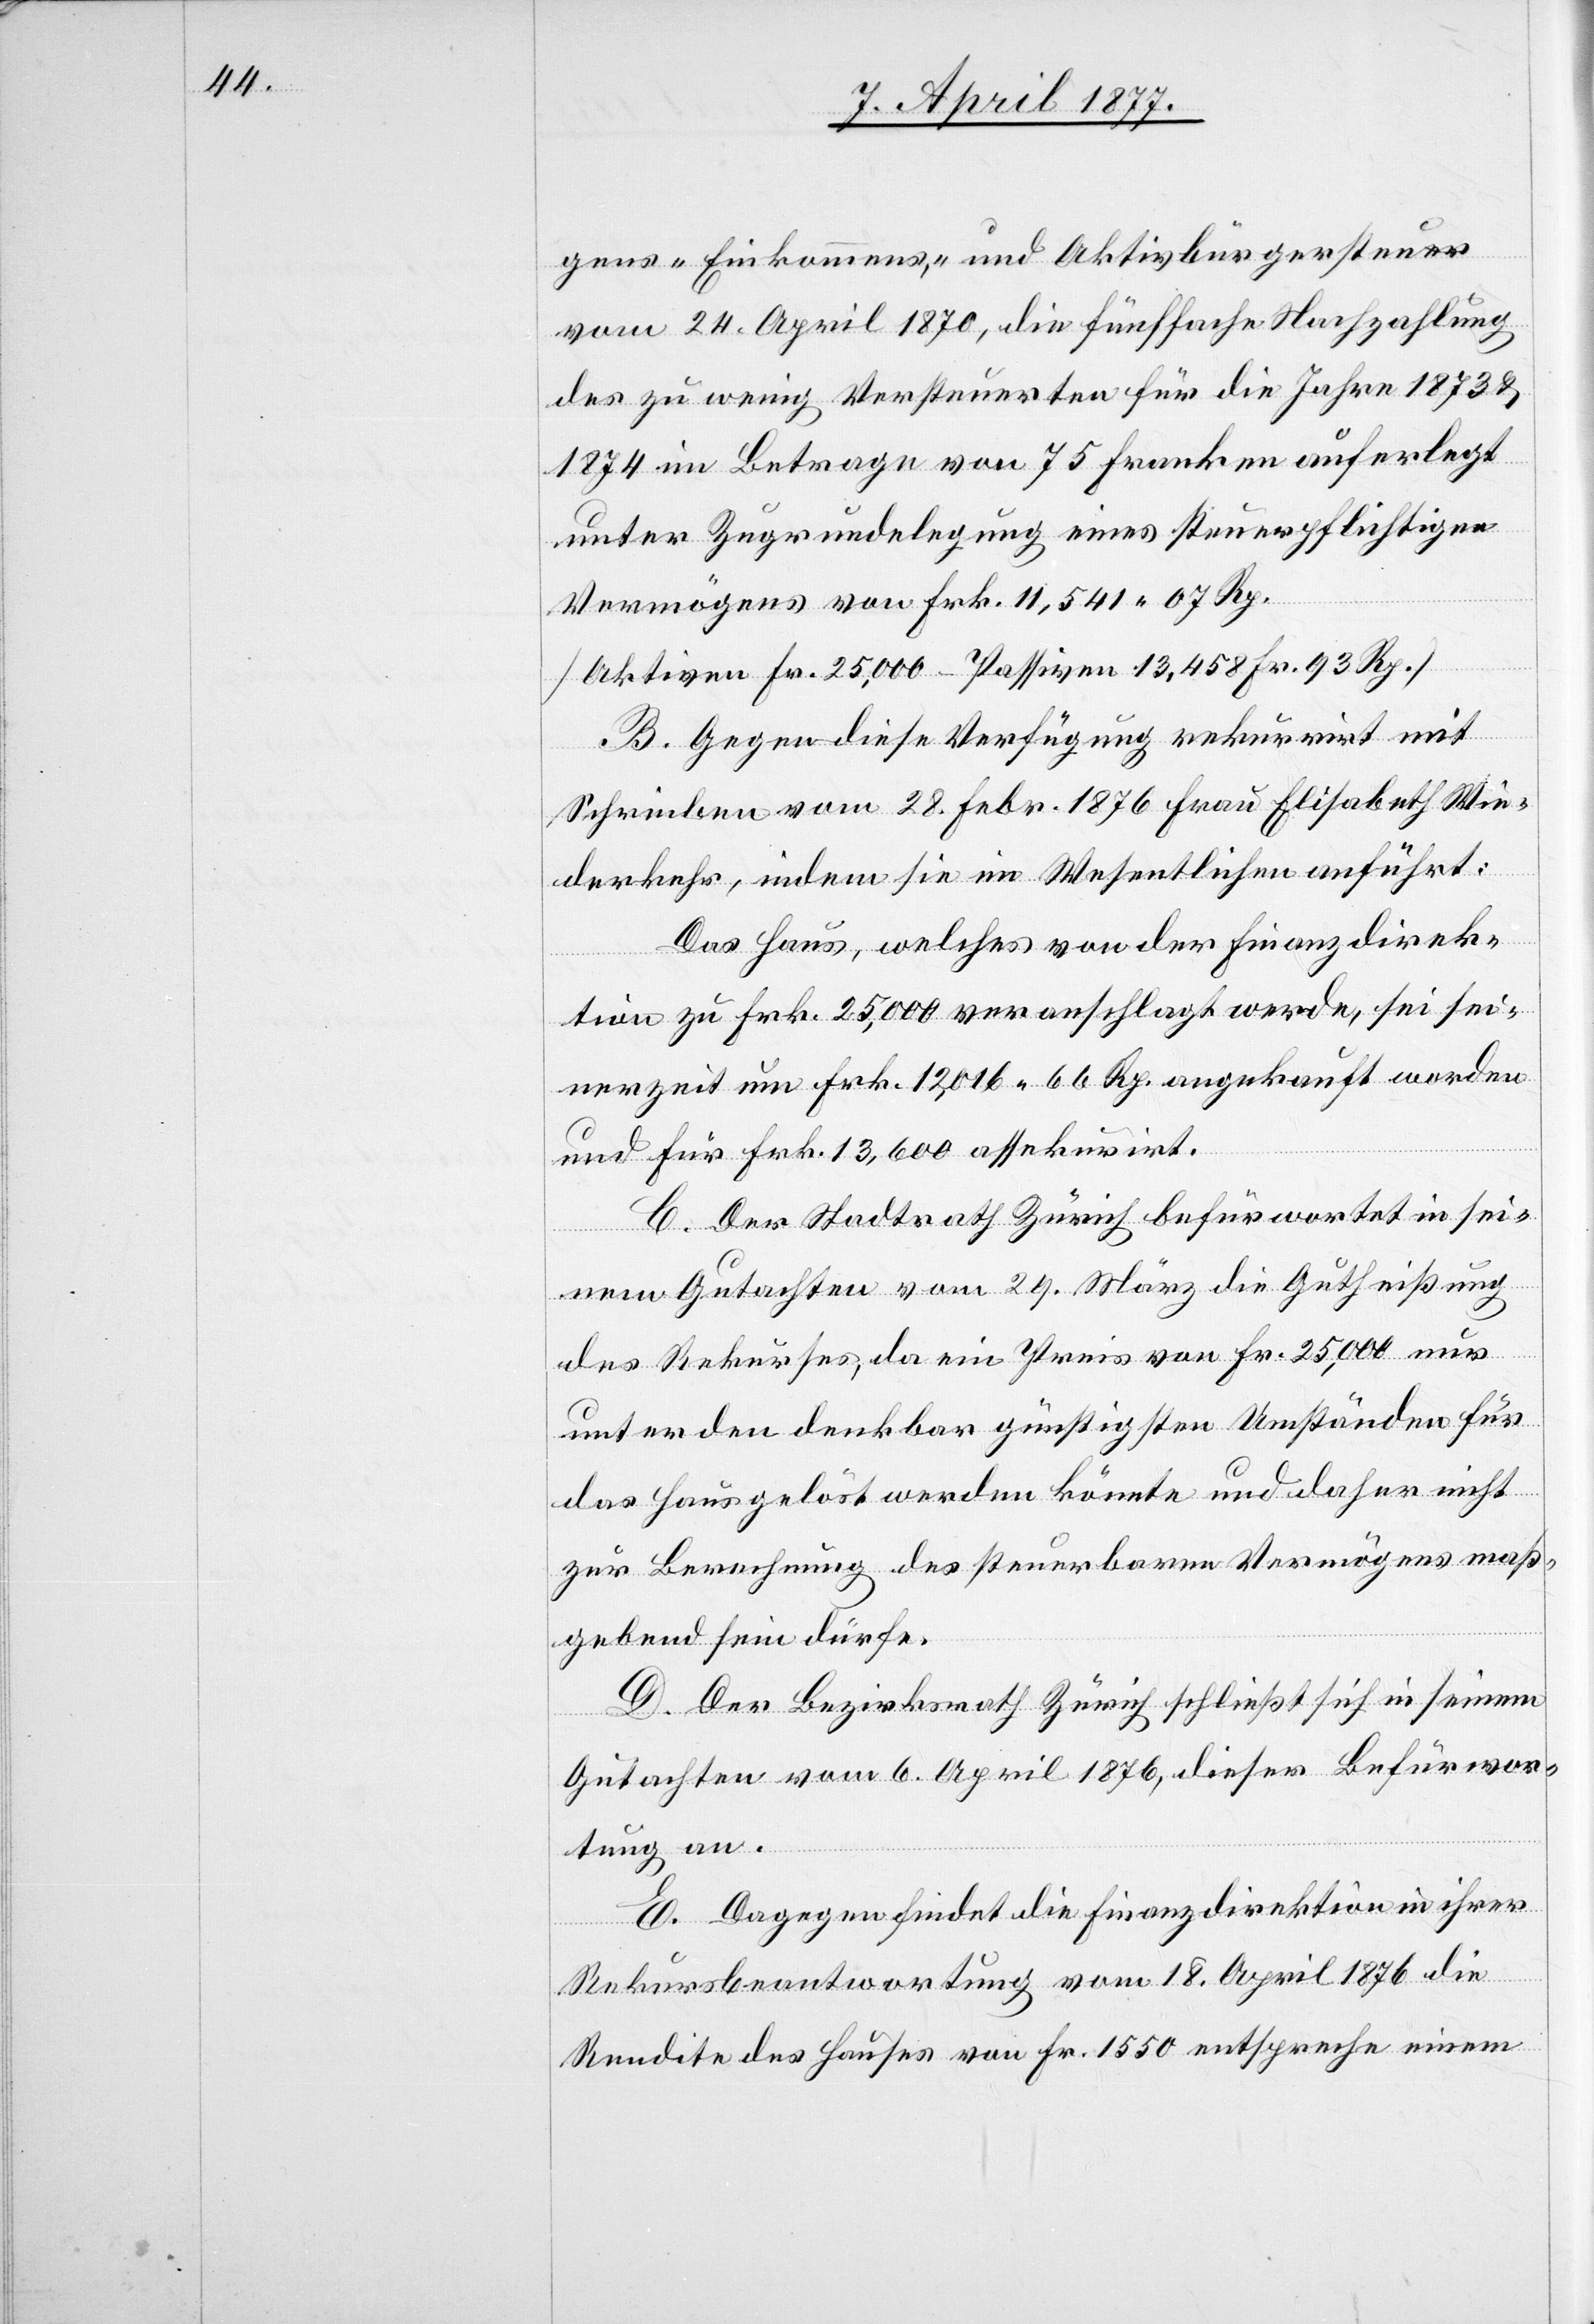
gens- Einkommens- und Aktivbürgersteuer
vom 24. April 1870, die fünffache Nachzahlung
des zu wenig Versteuerten für die Jahre 1873 &
1874 im Betrage von 75 Franken auferlegt
unter Zugrundelegung eines steuerpflichtigen
Vermögens von Frk. 11,541 07 Rp.
[Aktiven Fr. 25,000 – Passiven 13,458 Fr. 93 Rp.]
B. Gegen diese Verfügung rekurrirt mit
Schreiben vom 28. Febr. 1876 Frau Elisabeth Wie¬
derkehr, indem sie im Wesentlichen anführt:
Das Haus, welches von der Finanzdirek¬
tion zu Frk. 25,000 veranschlagt werde, sei sei¬
nerzeit um Frk. 12,016 66 Rp. angekauft worden
und für Frk. 13,600 assekurirt.
C. Der Stadtrath Zürich befürwortet in sei¬
nem Gutachten vom 29. März die Gutheißung
des Rekurses, da ein Preis von Fr. 25,000 nur
unter den denkbar günstigsten Umständen für
das Haus gelöst werden könnte und daher nicht
zur Berechnung des steuerbaren Vermögens maß¬
gebend sein dürfe.
D. Der Bezirksrath Zürich schließt sich in seinem
Gutachten vom 6. April 1876, dieser Befürwor¬
tung an.
E. Dagegen findet die Finanzdirektion in ihrer
Rekursbeantwortung vom 18. April 1876 die
Rendite des Hauses von Fr. 1550 entspreche einem